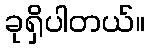
ခုရှိပါတယ်။